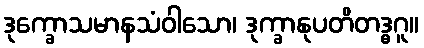
ဒုက္ခောသမာနသံဝါသော၊ ဒုက္ခာနုပတိတဒ္ဓဂူ။